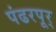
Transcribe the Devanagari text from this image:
पंढरपूर्